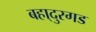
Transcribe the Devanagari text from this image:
बहा्दुरगड